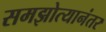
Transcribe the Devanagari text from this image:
समझोत्यानंतर